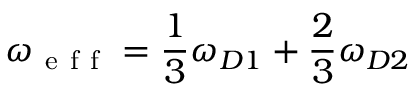
\omega _ { \mathrm { ~ e ~ f ~ f ~ } } = \frac { 1 } { 3 } \omega _ { D 1 } + \frac { 2 } { 3 } \omega _ { D 2 }